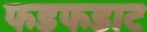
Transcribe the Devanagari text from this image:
फडफडाट